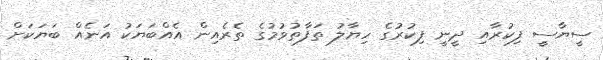
ސީޔާސީ ފިކުރާއި ދީނީ ފިކުރުގެ ހިޔާލު ތަފާތުވުމުގެ ތެރެއިން އެއްބަޔަކު އަނެއް ބަޔަކަށް